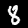
Label: 8